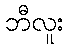
ဘီလူး